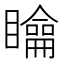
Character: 𥌉